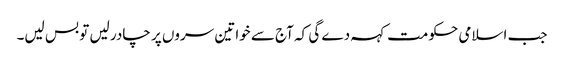
جب اسلامی حکومت کہہ دے گی کہ آج سے خواتین سروں پر چادر لیں تو بس لیں۔